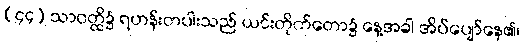
(၄၄) သာဝတ္ထိ၌ ရဟန်းတပါးသည် ယင်းတိုက်တော၌ နေ့အခါ အိပ်ပျော်နေ၏၊